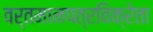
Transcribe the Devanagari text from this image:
वर्तमानपत्रविक्रेता